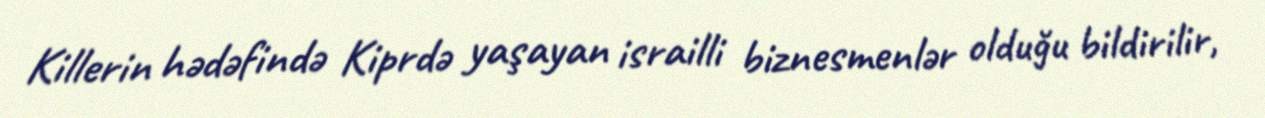
Killerin hədəfində Kiprdə yaşayan israilli biznesmenlər olduğu bildirilir,